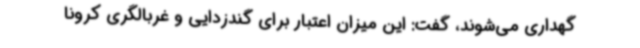
گهداری می‌شوند، گفت: این میزان اعتبار برای گندزدایی و غربالگری کرونا